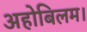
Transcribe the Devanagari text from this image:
अहोबिलम।